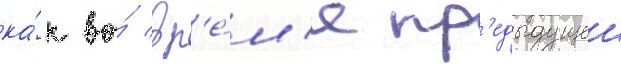
ка́к во́ вр'е́м'я пр'едыдущеи